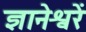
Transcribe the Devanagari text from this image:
ज्ञानेश्वरें